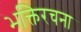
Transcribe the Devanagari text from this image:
भक्तिरचना